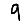
Digit: 9